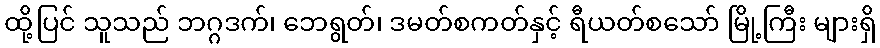
ထို့ပြင် သူသည် ဘဂ္ဂဒက်၊ ဘေရွတ်၊ ဒမတ်စကတ်နှင့် ရီယတ်စသော် မြို့ကြီး များရှိ